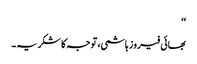
‘‘
بھائی فیروز ہاشمی، توجہ کا شکریہ۔